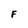
Character: F